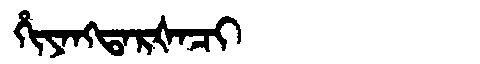
Manchu: ᡥᡳᠶᠠᠩᡨᠠᡵᡧᠠᠴᡳ
Romanization: HIYANGTARŠACI